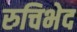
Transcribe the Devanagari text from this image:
रुचिभेद